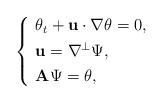
LaTeX: \begin{align*}\left\{~\begin{aligned}&\theta_t+\mathbf{u}\cdot\nabla\theta=0,\\& \mathbf{u}=\nabla^\perp \Psi,\\& \mathbf{A}\Psi=\theta, \end{aligned}\right.\end{align*}